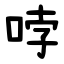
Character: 哱